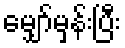
မျှော်မှန်းပြီး